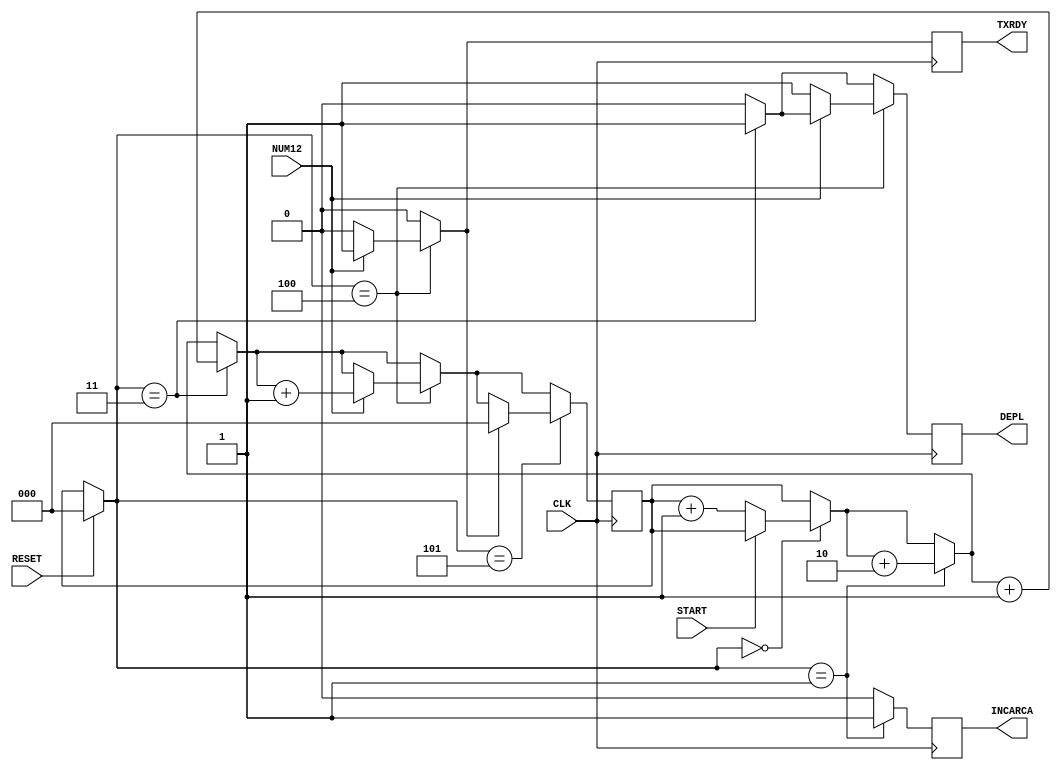
module H2(START , CLK , RESET , TXRDY , INCARCA , DEPL , NUM12);

input START , CLK , RESET , NUM12;
output reg TXRDY , INCARCA , DEPL;
reg [2:0]stareCurenta = 3'b000;
reg [2:0]stareUrmatoare = 3'b000;


always @(posedge CLK)
	begin
		INCARCA = 1'b0;
		TXRDY = 1'b0;
		DEPL = 1'b0;
		if(RESET == 1'b1)
			stareCurenta = 3'b000;
			
		if(stareCurenta == 3'b000)
			if(START == 1'b0)
				begin
					stareUrmatoare = stareUrmatoare + 1;
				end
		if(stareCurenta == 3'b0001)
			begin
				INCARCA = 1'b1;
				stareUrmatoare = stareUrmatoare+2;
			end
			
		if(stareCurenta == 3'b011)
			begin
				DEPL = 1'b1;
				stareUrmatoare = stareUrmatoare + 1;
			end
			
		if(stareCurenta == 3'b100)
			if(NUM12 == 1'b1)
				begin
					TXRDY = 1'b1;
					stareUrmatoare = stareUrmatoare + 1;
				end
			else 
				DEPL = 1'b1;
				
		if(stareCurenta == 3'b101)
			if(TXRDY == 1'b1)
				stareUrmatoare = 3'b000;
		stareCurenta = stareUrmatoare;
	end
endmodule